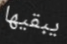
يبقيها